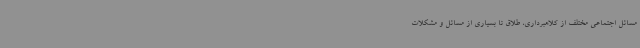
مسائل اجتماعی مختلف از کلاهبرداری، طلاق تا بسیاری از مسائل و مشکلات